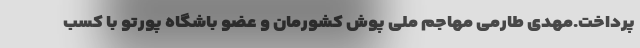
پرداخت.مهدی طارمی مهاجم ملی پوش کشورمان و عضو باشگاه پورتو با کسب